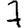
Digit: 7